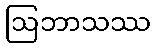
ဩဘာသဿ